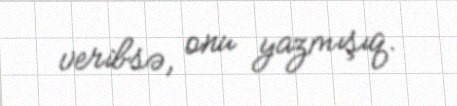
veribsə, onu yazmışıq.